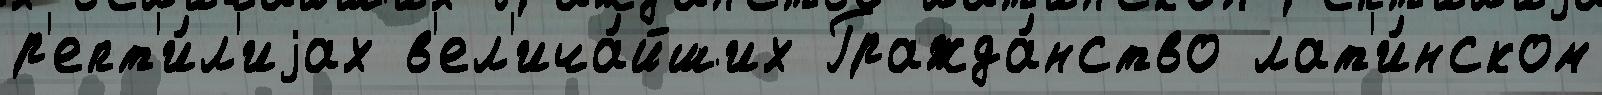
р'епт'и́л'иjах в'ел'ича́йших Гражда́нство лат'и́нском